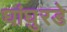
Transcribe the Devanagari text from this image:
घांघुरडे